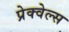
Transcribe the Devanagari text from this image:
प्रेक्वेल्स